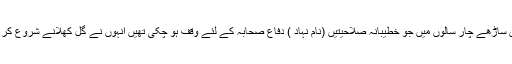
لیکن ان ساڑھے چار سالوں میں جو خطیبانہ صلاحیتیں (نام نہاد ) دفاع صحابہ کے لئے وقف ہو چکی تھیں انہوں نے گل کھلانے شروع کر دیئے ۔